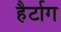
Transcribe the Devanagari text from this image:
हैर्टाग